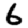
Digit: 6